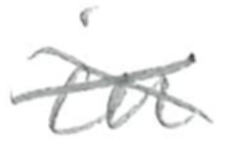
Text: in
Cross-out: cross
Writing tool: pencil